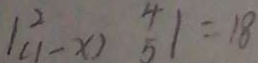
1 ^ { 2 } ( 1 - x ) \frac { 4 } { 5 } 1 = 1 8